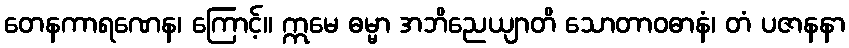
တေနကာရဏေန၊ ကြောင့်။ ဣမေ ဓမ္မာ အဘိညေယျာတိ သောတာဝဓာနံ၊ တံ ပဇာနနာ